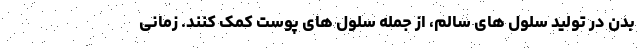
بدن در تولید سلول های سالم، از جمله سلول های پوست کمک کنند. زمانی